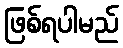
ဖြစ်ရပါမည်